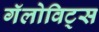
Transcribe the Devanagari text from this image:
गॅलोविट्स